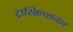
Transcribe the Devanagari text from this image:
ट्रास्क्रिप्शनल